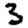
Digit: 3